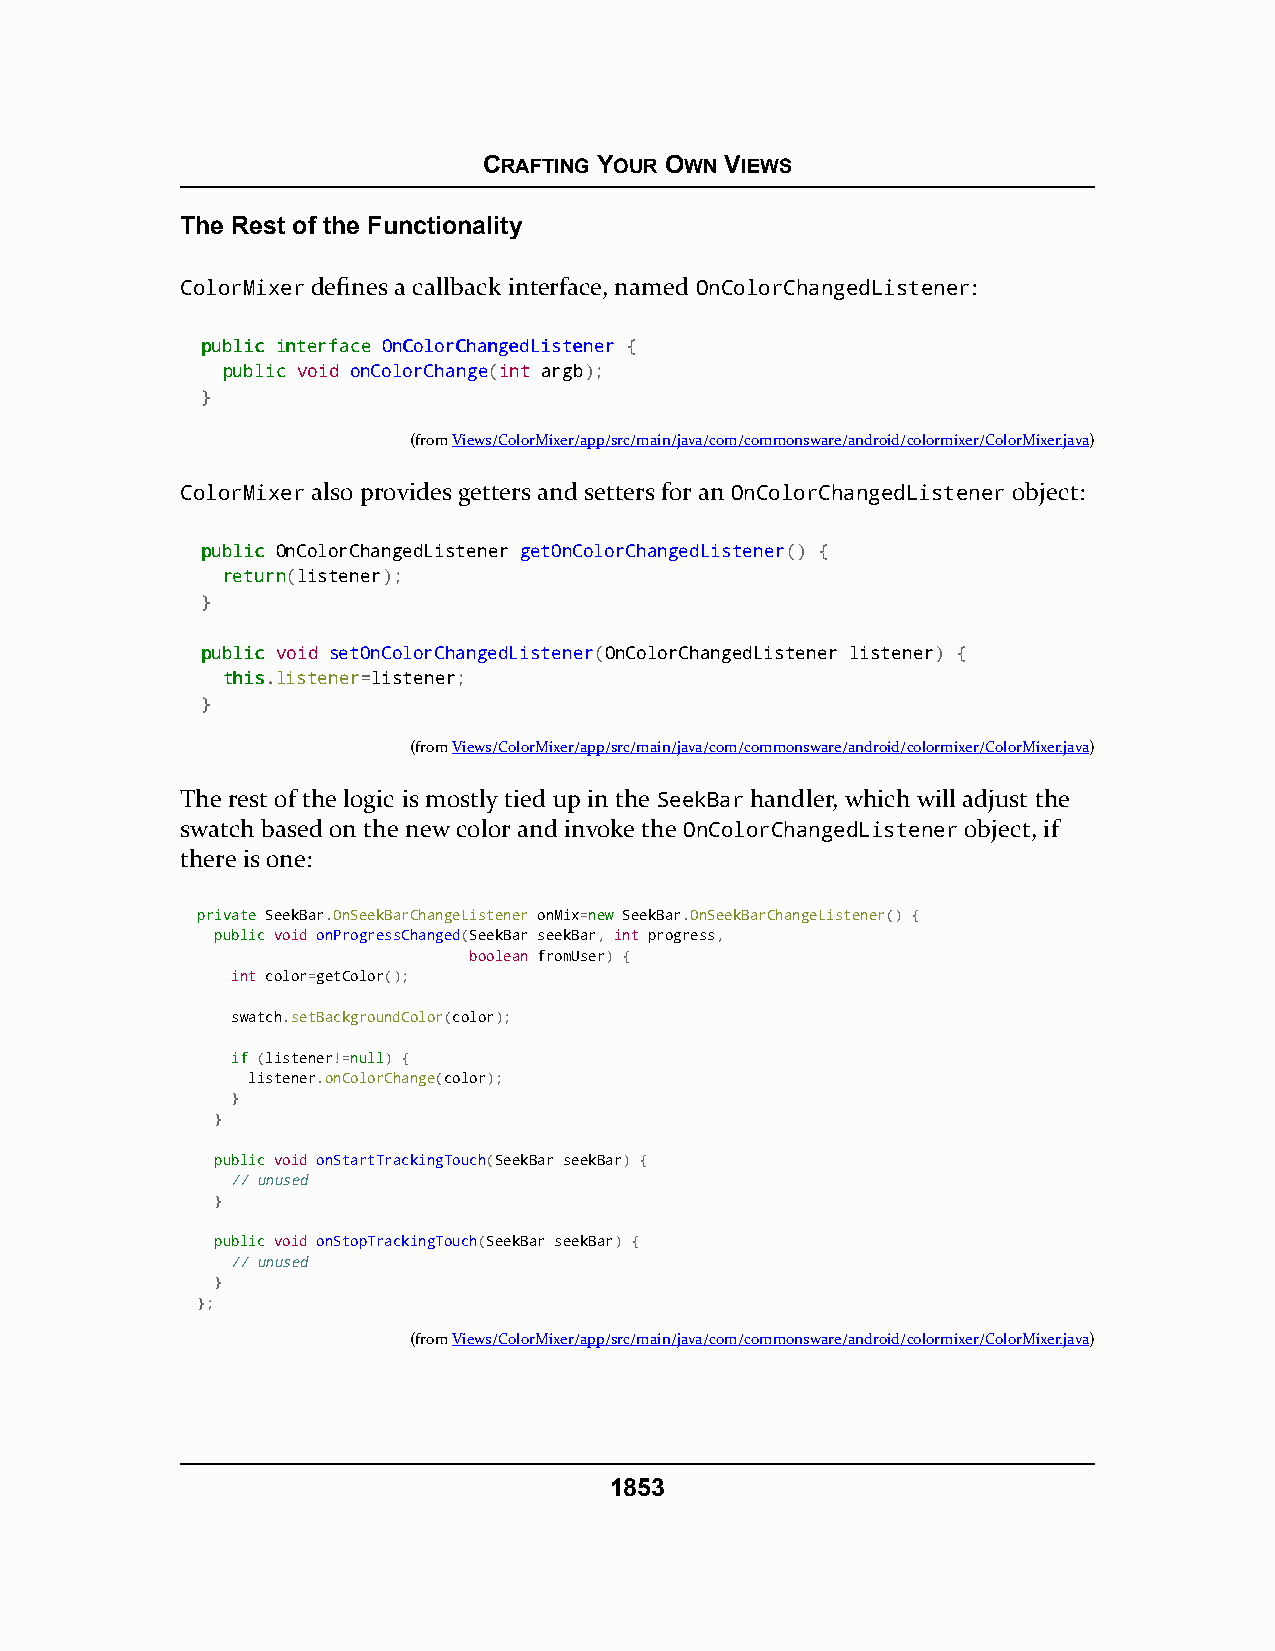
CRAFTING YOUR OWN VIEWS
 The Rest of the Functionality
 ColorMixer defines a callback interface, named OnColorChangedListener:
 ppuubblliicc iinntteerrffaaccee OOnnCCoolloorrCChhaannggeeddLLiisstteenneerr {
 ppuubblliicc void onColorChange(int argb);
 }
 (fromViews/ColorMixer/app/src/main/java/com/commonsware/android/colormixer/ColorMixer.java)
 ColorMixer also provides getters and setters for an OnColorChangedListener object:
 ppuubblliicc OnColorChangedListener getOnColorChangedListener() {
 rreettuurrnn(listener);
 }
 ppuubblliicc void setOnColorChangedListener(OnColorChangedListener listener) {
 tthhiiss.listener=listener;
 }
 (fromViews/ColorMixer/app/src/main/java/com/commonsware/android/colormixer/ColorMixer.java)
 The rest of the logic is mostly tied up in the SeekBar handler, which will adjust the
 swatch based on the new color and invoke the OnColorChangedListener object, if
 there is one:
 pprriivvaattee SeekBar.OnSeekBarChangeListener onMix=nneeww SeekBar.OnSeekBarChangeListener() {
 ppuubblliicc void onProgressChanged(SeekBar seekBar, int progress,
 boolean fromUser) {
 int color=getColor();
 swatch.setBackgroundColor(color);
 iiff (listener!=nnuullll) {
 listener.onColorChange(color);
 }
 }
 ppuubblliicc void onStartTrackingTouch(SeekBar seekBar) {
 // unused
 }
 ppuubblliicc void onStopTrackingTouch(SeekBar seekBar) {
 // unused
 }
 };
 (fromViews/ColorMixer/app/src/main/java/com/commonsware/android/colormixer/ColorMixer.java)
 1853